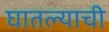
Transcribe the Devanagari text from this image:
घातल्याची